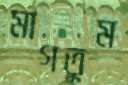
মাগতুম